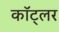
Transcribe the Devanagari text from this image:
कॉट्लर